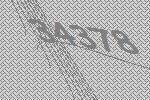
34378